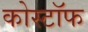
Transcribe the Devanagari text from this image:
कोस्टॉफ